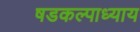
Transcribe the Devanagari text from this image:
षडकल्पाध्याय